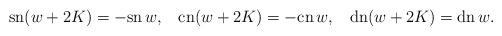
LaTeX: \begin{align*}\mbox{sn}(w+2K)= -\mbox{sn}\,w,\;\;\;\mbox{cn}(w+2K)= -\mbox{cn}\,w,\;\;\;\mbox{dn}(w+2K)= \mbox{dn}\,w.\end{align*}